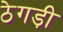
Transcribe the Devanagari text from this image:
ठेगड़ी